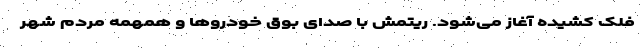
فلک کشیده آغاز می‌شود. ریتمش با صدای بوق خودرو‌ها و همهمه مردم شهر